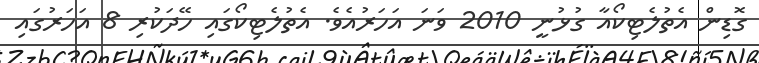
ގޮޑިން އެތުލެޓިކޯއާ ގުޅުނީ 2010 ވަނަ އަހަރުއެވެ. އެތުލެޓިކޯގައި ހޭދަކުރި 8 އަހަރުގައި